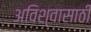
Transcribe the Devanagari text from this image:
अविश्‍वासाठी